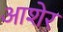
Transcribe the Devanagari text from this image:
आशेर